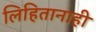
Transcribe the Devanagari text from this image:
लिहितानाही